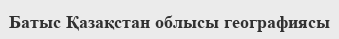
Батыс Қазақстан облысы географиясы